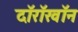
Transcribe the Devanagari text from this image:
दॉरॉखॉन